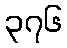
၃၇၆